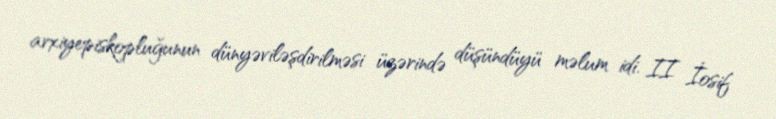
arxiyepiskopluğunun dünyəviləşdirilməsi üzərində düşündüyü məlum idi. II İosif